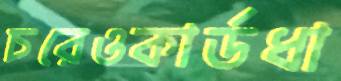
চরেওকার্ডধা